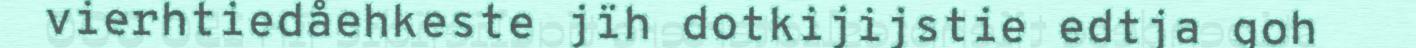
vierhtiedåehkeste jïh dotkijijstie edtja goh